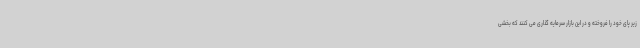
زیر پای خود را فروخته و در این بازار سرمایه گذاری می کنند که بخشی